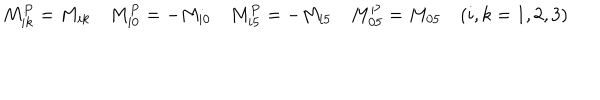
LaTeX: M _ { i k } ^ { P } = M _ { i k } \quad M _ { i 0 } ^ { P } = - M _ { i 0 } \quad M _ { i 5 } ^ { P } = - M _ { i 5 } \quad M _ { 0 5 } ^ { P } = M _ { 0 5 } \quad ( i , k = 1 , 2 , 3 )